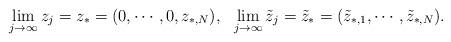
LaTeX: \begin{align*}\lim_{j\rightarrow\infty}z_j=z_*=(0,\cdots,0,z_{*,N}),\ \ \lim_{j\rightarrow\infty}\tilde{z}_j=\tilde{z}_*=(\tilde{z}_{*,1},\cdots,\tilde{z}_{*,N}).\end{align*}